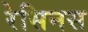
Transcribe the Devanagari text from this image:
रेसिनस